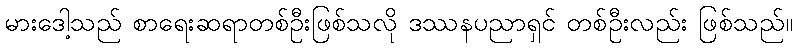
မားဒေါ့သည် စာရေးဆရာတစ်ဦးဖြစ်သလို ဒဿနပညာရှင် တစ်ဦးလည်း ဖြစ်သည်။